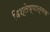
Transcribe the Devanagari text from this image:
विश्लेष्णात्मक